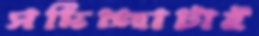
সদিচ্ছাটাই